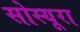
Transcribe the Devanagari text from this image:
सोस्यूरा